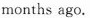
months ago.